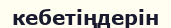
кебетіңдерін